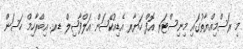
މި ރަސްމިއްޔާތުގައި މިނިސްޓަރ އޮފް ހަޔާރ އެޑިއުކޭޝަން އަލްފާޟިލް ޑރ. އިބްރާހިމް ހަސަން